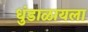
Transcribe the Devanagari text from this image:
धुंडाळायला